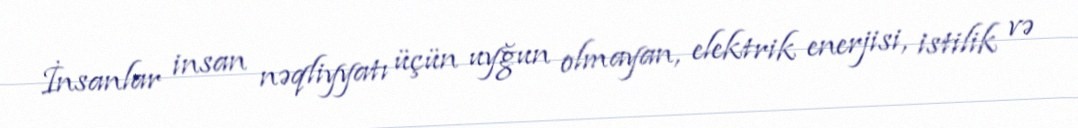
İnsanlar insan nəqliyyatı üçün uyğun olmayan, elektrik enerjisi, istilik və